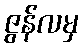
ဇွန်လမှ